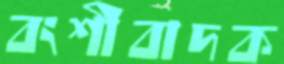
বংশীবাদক